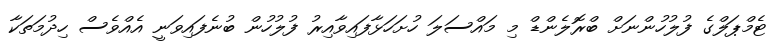
ޓެމްޕަލްގެ ފުލުހުންނަށް ބްރޮލެންޑް މި މައްސަލަ ހުށަހަޅާފައިވާއިރު ފުލުހުން ބުނެފައިވަނީ އެއްވެސް ހިދުމަތަކާ